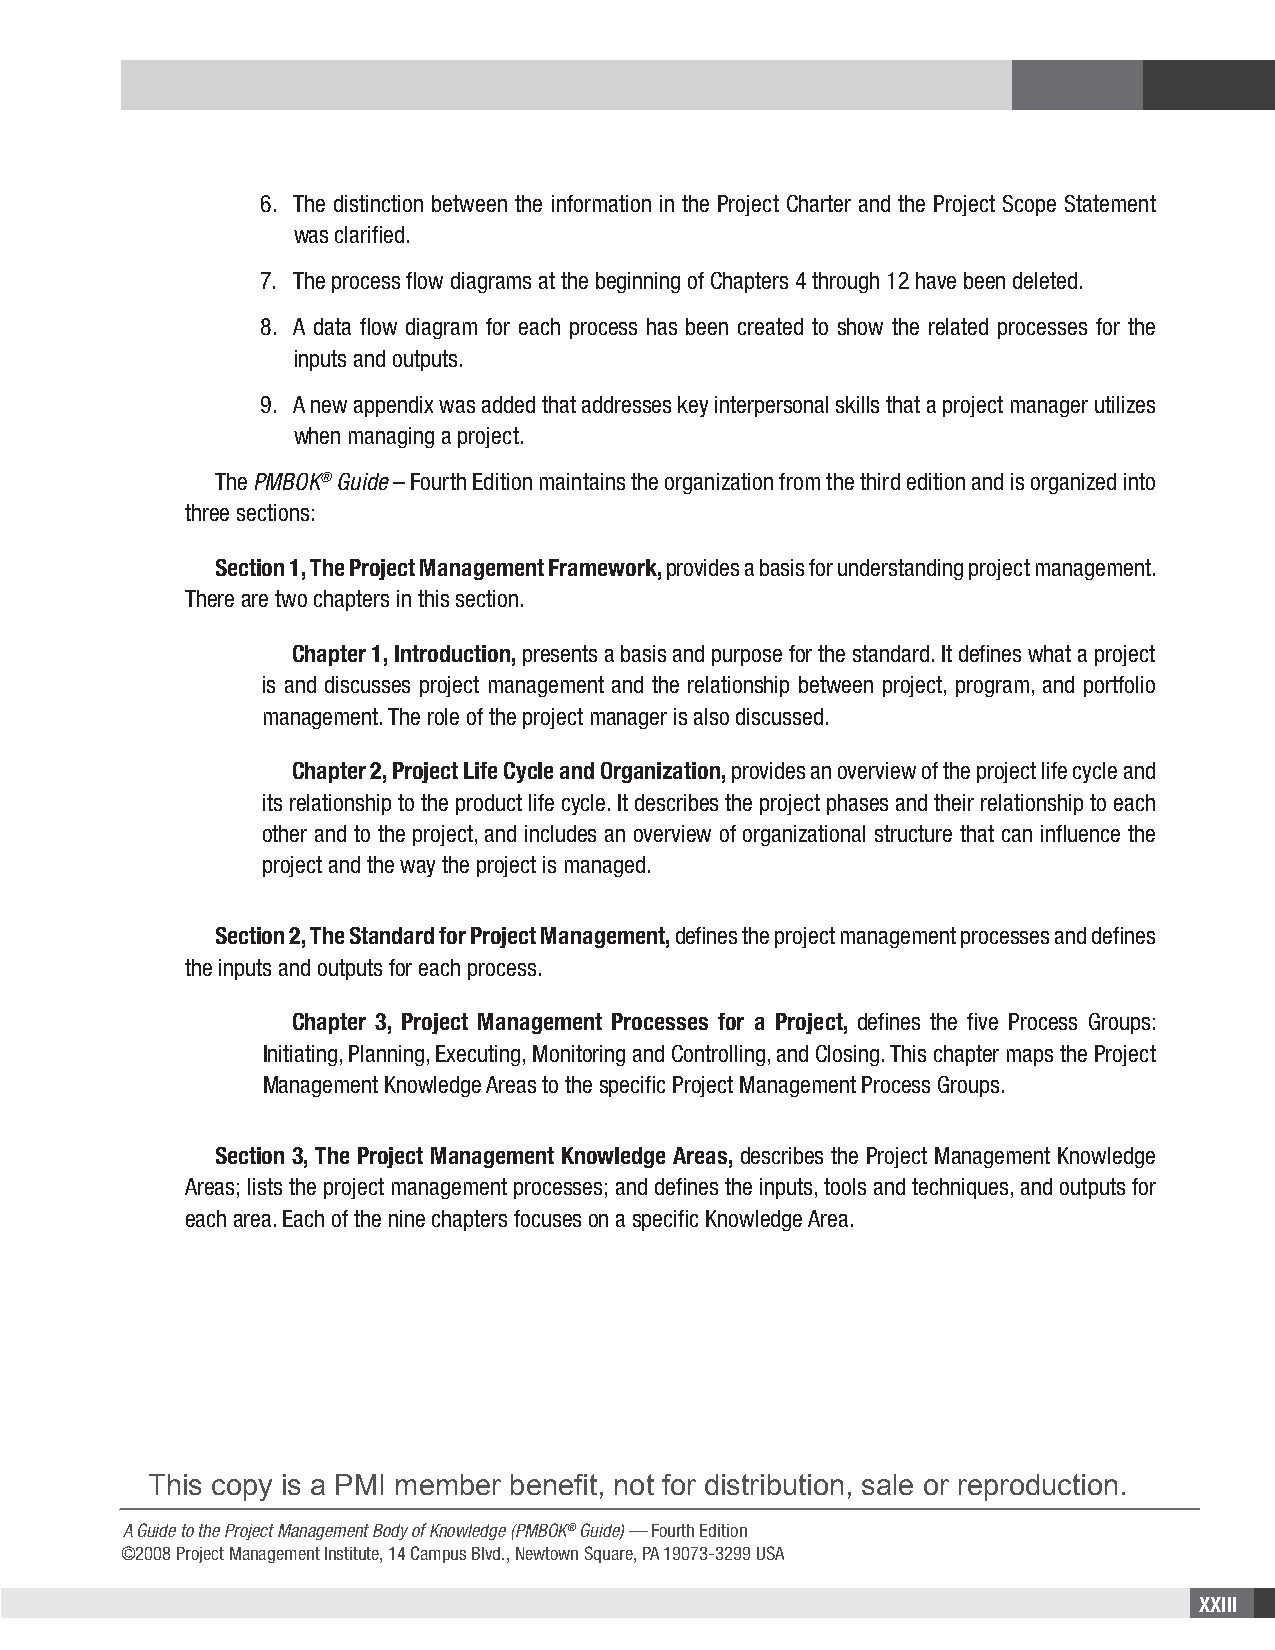
6. The distinction between the information in the Project Charter and the Project Scope Statement
 was clarified.
 7. The process flow diagrams at the beginning of Chapters 4 through 12 have been deleted.
 8. A data flow diagram for each process has been created to show the related processes for the
 inputs and outputs.
 9. A new appendix was added that addresses key interpersonal skills that a project manager utilizes
 when managing a project.
 The PMBOK® Guide – Fourth Edition maintains the organization from the third edition and is organized into
 three sections:
 Section 1, The Project Management Framework, provides a basis for understanding project management.
 There are two chapters in this section.
 Chapter 1, Introduction, presents a basis and purpose for the standard. It defines what a project
 is and discusses project management and the relationship between project, program, and portfolio
 management. The role of the project manager is also discussed.
 Chapter 2, Project Life Cycle and Organization, provides an overview of the project life cycle and
 its relationship to the product life cycle. It describes the project phases and their relationship to each
 other and to the project, and includes an overview of organizational structure that can influence the
 project and the way the project is managed.
 Section 2, The Standard for Project Management, defines the project management processes and defines
 the inputs and outputs for each process.
 Chapter 3, Project Management Processes for a Project, defines the five Process Groups:
 Initiating, Planning, Executing, Monitoring and Controlling, and Closing. This chapter maps the Project
 Management Knowledge Areas to the specific Project Management Process Groups.
 Section 3, The Project Management Knowledge Areas, describes the Project Management Knowledge
 Areas; lists the project management processes; and defines the inputs, tools and techniques, and outputs for
 each area. Each of the nine chapters focuses on a specific Knowledge Area.
 This copy is a PMI member benefit, not for distribution, sale or reproduction.
 A Guide to the Project Management Body of Knowledge (PMBOK® Guide) — Fourth Edition
 ©2008 Project Management Institute, 14 Campus Blvd., Newtown Square, PA 19073-3299 USA
 XXIII